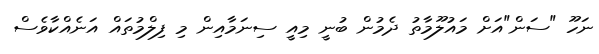
ނަހޫ "ސަން"އަށް މައުލޫމާތު ދެމުން ބުނީ މިއީ ސިނަމާއިން މި ފިލްމުތައް އަނެއްކާވެސް